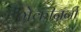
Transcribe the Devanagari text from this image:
मेकीनर्नी